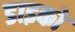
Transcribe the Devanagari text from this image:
डाइको